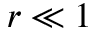
r \ll 1